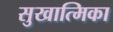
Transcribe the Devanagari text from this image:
सुखात्मिका